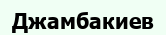
Джамбакиев